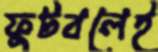
ফুটবলেই